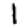
Digit: 1